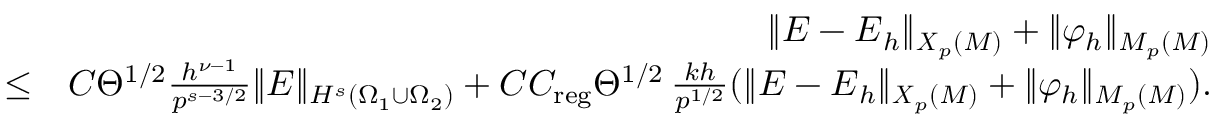
\begin{array} { r l r } & { } & { \| { \boldsymbol { E } } - { \boldsymbol { E } } _ { h } \| _ { { \boldsymbol { X } } _ { p } ( { \cal M } ) } + \| \varphi _ { h } \| _ { M _ { p } ( { \cal M } ) } } \\ & { \le } & { C \Theta ^ { 1 / 2 } \frac { h ^ { \nu - 1 } } { p ^ { s - 3 / 2 } } \| { \boldsymbol { E } } \| _ { H ^ { s } ( \Omega _ { 1 } \cup \Omega _ { 2 } ) } + C C _ { \mathrm { r e g } } \Theta ^ { 1 / 2 } \, \frac { k h } { p ^ { 1 / 2 } } ( \| { \boldsymbol { E } } - { \boldsymbol { E } } _ { h } \| _ { { \boldsymbol { X } } _ { p } ( { \cal M } ) } + \| \varphi _ { h } \| _ { M _ { p } ( { \cal M } ) } ) . } \end{array}